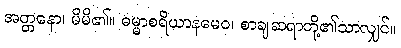
အတ္တနော၊ မိမိ၏။ ဓမ္မာစရိယာနမေဝ၊ စာချဆရာတို့၏သာလျှင်။